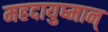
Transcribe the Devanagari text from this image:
महदायुष्मान्